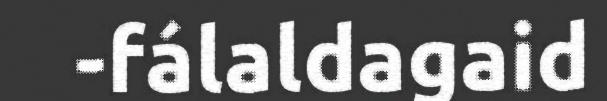
-fálaldagaid